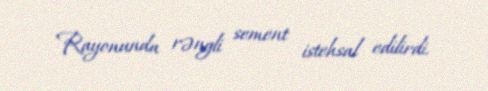
Rayonunda rəngli sement istehsal edilirdi.